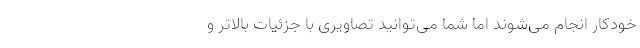
خودکار انجام می‌شوند اما شما می‌توانید تصاویری با جزئیات بالاتر و